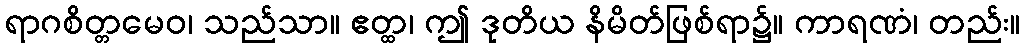
ရာဂစိတ္တမေဝ၊ သည်သာ။ ဧတ္ထ၊ ဤ ဒုတိယ နိမိတ်ဖြစ်ရာ၌။ ကာရဏံ၊ တည်း။